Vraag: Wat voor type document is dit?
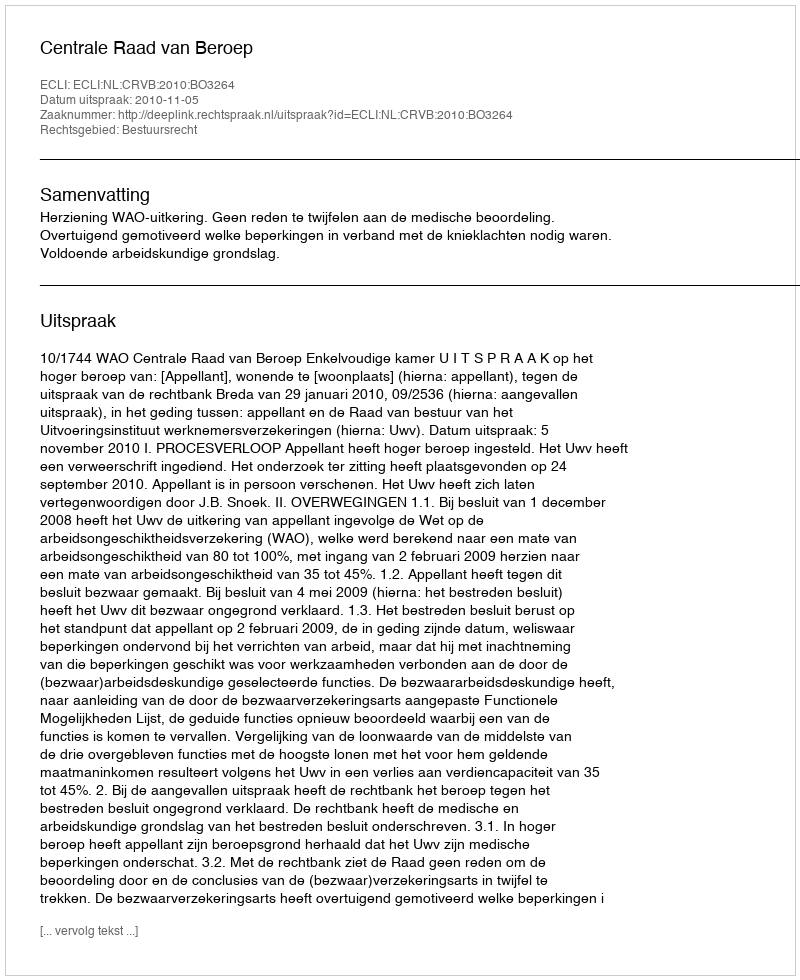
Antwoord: Uitspraak